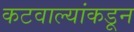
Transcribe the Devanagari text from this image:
कटवाल्यांकडून